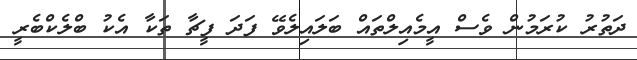
ދަތުރު ކުރަމުން ވެސް އީމެއިލްތައް ބަލައިލެވޭ ފަދަ ފީޗާ ތަކާ އެކު ބްލެކްބެރީ